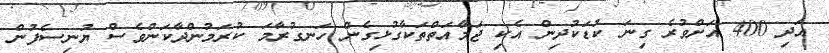
އަދި 400 އަށްވުރެ ގިނަ ކުޑަކުދިން އެކި ޖަމާއަތްތަކާގުޅިގެން ހަނގުރާމަ ކުރަމުންދާކަންވެސް ޔުނިސެފުން